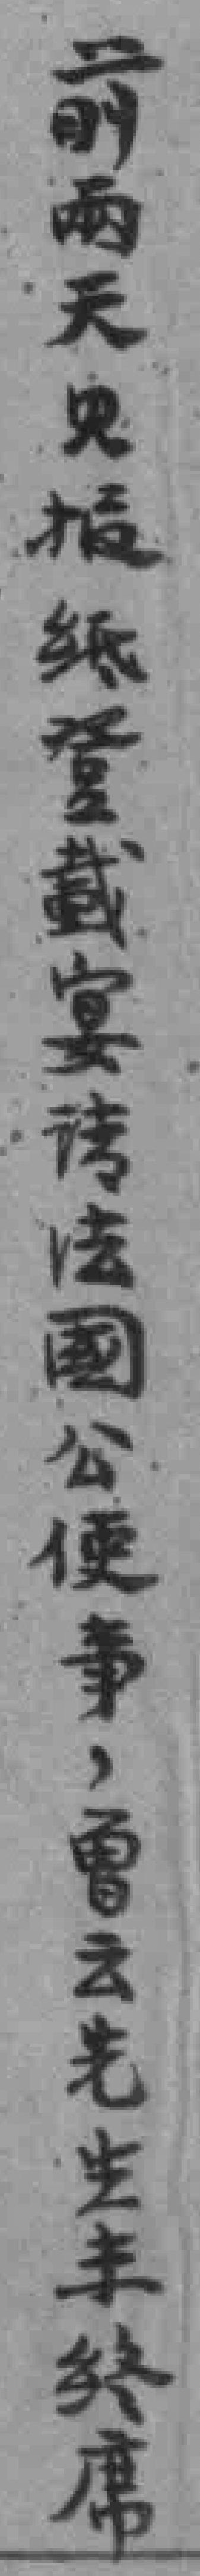
前兩天见报纸登載宴請法國公使事，曾云先生来終席